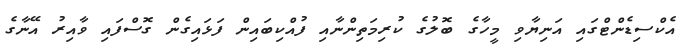
އެކްސިޑެންޓްގައި އަނިޔާވި މީހާގެ ބޮލުގެ ކުރިމަތިންނާއި ފުއްކިބައިން ފަޅައިގެން ގޮސްފައި ވާއިރު އޭނާގެ